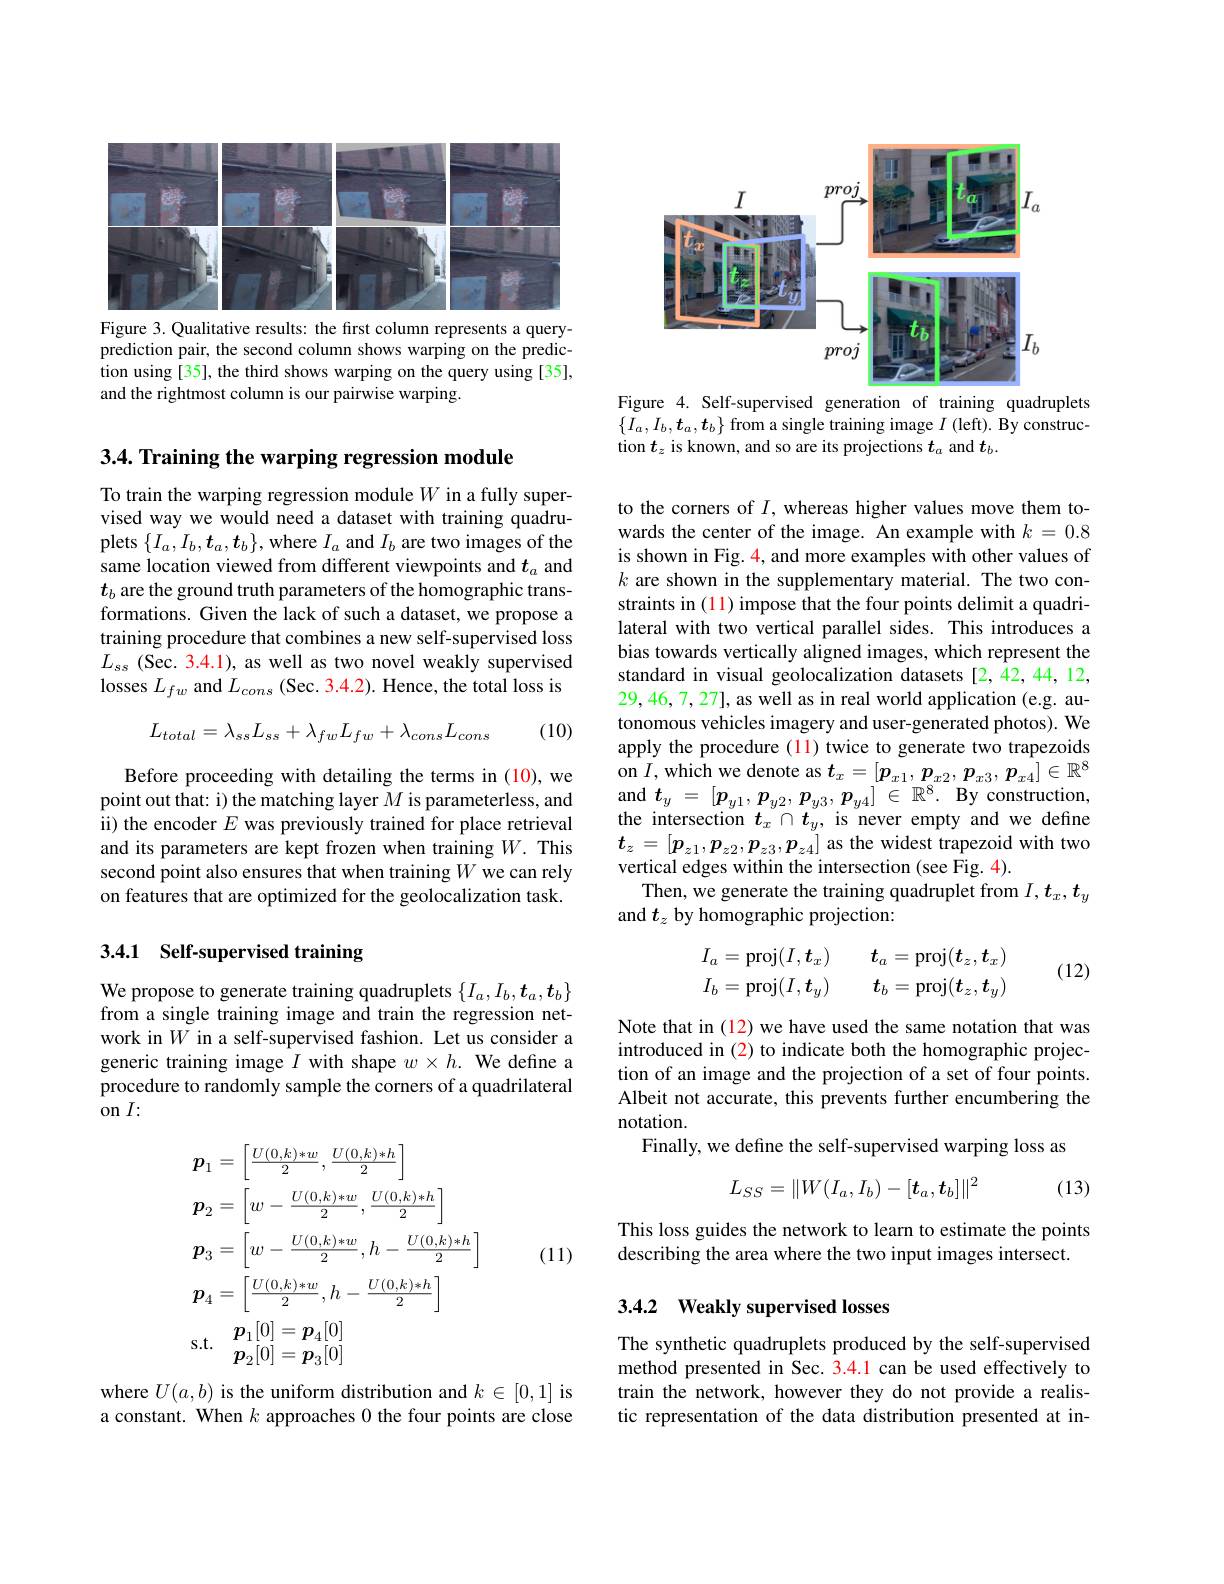
<FigureHere>
Figure 3. Qualitative results: the first column represents a query-

prediction pair, the second column shows warping on the prediction using [35], the third shows warping on the query using [35], and the rightmost column is our pairwise warping.

3.4. Training the warping regression module

To train the warping regression module $W$ in a fully supervised way we would need a dataset with training quadruplets $\{I_{a},I_{b},\boldsymbol{t}_{a},\boldsymbol{t}_{b}\}$,where $I_{a}$ and $I_{b}$ are two images of the same location viewed from different viewpoints and $t_a$ and $t_b$ are the ground truth parameters of the homographic transformations. Given the lack of such a dataset, we propose a training procedure that combines a new self-supervised loss $L_{\mathrm{ss}}$ (Sec. 3.4.1), as well as two novel weakly supervised losses $L_{fw}$ and $L_cons$ (Sec. 3.4.2). Hence, the total loss is
$$L_{total}=\lambda_{ss}L_{ss}+\lambda_{fw}L_{fw}+\lambda_{cons}L_{cons}$$
(10)

Before proceeding with detailing the terms in (10), we point out that: i) the matching layer $M$ is parameterless, and ii) the encoder $E$ was previously trained for place retrieval and its parameters are kept frozen when training $W.$ This second point also ensures that when training $W$ we can rely on features that are optimized for the geolocalization task.

## 3.4.1 Self-supervised training

We propose to generate training quadruplets $\{I_a,I_b,\boldsymbol{t}_a,\boldsymbol{t}_b\}$ from a single training image and train the regression network in $W$ in a self-supervised fashion. Let us consider a generic training image $I$ with shape $w\times h.$ We define a procedure to randomly sample the corners of a quadrilateral on $I{: }$
$$\begin{aligned}&\boldsymbol{p}_{1}=\left[\frac{U(0,k)*w}{2},\frac{U(0,k)*h}{2}\right]\\&\boldsymbol{p}_{2}=\left[w-\frac{U(0,k)*w}{2},\frac{U(0,k)*h}{2}\right]\\&\boldsymbol{p}_{3}=\left[w-\frac{U(0,k)*w}{2},h-\frac{U(0,k)*h}{2}\right]\\&\boldsymbol{p}_{4}=\left[\frac{U(0,k)*w}{2},h-\frac{U(0,k)*h}{2}\right]\\&\mathrm{s.t.}\quad\boldsymbol{p}_{1}[0]=\boldsymbol{p}_{4}[0]\\&\boldsymbol{p}_{2}[0]=\boldsymbol{p}_{3}[0]\end{aligned}$$
(11)

where $U(a,b)$ is the uniform distribution and $k\in[0,1]$ is a constant. When $k$ approaches 0 the four points are close

<FigureHere>

Figure 4. Self-supervised generation of training quadruplets $\{I_a,I_b,\boldsymbol{t}_a,\boldsymbol{t}_b\}$ from a single training image $I$ (left). By construction $t_z$ is known, and so are its projections $t_a$ and $t_b$

to the corners of $I$, whereas higher values move them towards the center of the image. An example with $k=0.8$ is shown in Fig. $\color{red}{4,\text{and more examples with other values of}}$ $k$ are shown in the supplementary material. The two constraints in (11) impose that the four points delimit a quadrilateral with two vertical parallel sides. This introduces a bias towards vertically aligned images, which represent the standard in visual geolocalization datasets [2,42,44,12, 29,46,7,27], as well as in real world application (e.g. autonomous vehicles imagery and user-generated photos). We apply the procedure (11) twice to generate two trapezoids on $I$,which we denote as $t_x=[\boldsymbol{p}_{x1},\boldsymbol{p}_{x2},\boldsymbol{p}_{x3},\boldsymbol{p}_{x4}]\in\mathbb{R}^8$ and$t_y=[\boldsymbol{p}_{y1},\boldsymbol{p}_{y2},\boldsymbol{p}_{y3},\boldsymbol{p}_{y4}]\in\mathbb{R}^{8}.$Byconstruction, $\begin{array}{l}\text{the intersection }t_x\cap t_y,\text{is never empty and we define}\\t_z=[p_{z1},p_{z2},p_{z3},p_{z4}]\end{array}$as the widest trapezoid with two vertical edges within the intersection (see Fig. 4).
Then, we generate the training quadruplet from $I,t_x,t_y$
and $t_z$ by homographic projection:

(12)
$$I_{a}=\mathrm{proj}(I,\boldsymbol{t}_{x})\quad\boldsymbol{t}_{a}=\mathrm{proj}(\boldsymbol{t}_{z},\boldsymbol{t}_{x})\\I_{b}=\mathrm{proj}(I,\boldsymbol{t}_{y})\quad\boldsymbol{t}_{b}=\mathrm{proj}(\boldsymbol{t}_{z},\boldsymbol{t}_{y})$$
Note that in (12) we have used the same notation that was introduced in (2) to indicate both the homographic projection of an image and the projection of a set of four points. Albeit not accurate, this prevents further encumbering the notation.
Finally, we define the self-supervised warping loss as
$$L_{SS}=\|W(I_a,I_b)-[t_a,t_b]\|^2$$
(13)

This loss guides the network to learn to estimate the points
describing the area where the two input images intersect.

# 3.4.2 Weakly supervised losses

The synthetic quadruplets produced by the self-supervised method presented in Sec. 3.4.1 can be used effectively to train the network, however they do not provide a realistic representation of the data distribution presented at in-